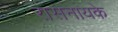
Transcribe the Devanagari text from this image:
रासनायके